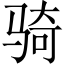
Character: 骑